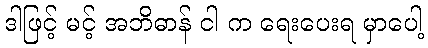
ဒါဖြင့် မင့် အဘိဓာန် ငါ က ရေးပေးရ မှာပေါ့